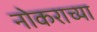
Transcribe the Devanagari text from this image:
नोकराच्या